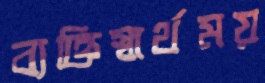
ব্যক্তিস্বার্থময়